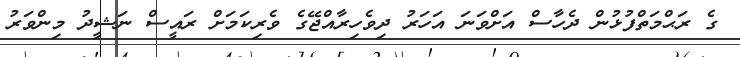
ގެ ރަޙްމަތްފުޅުން ދެހާސް އަށްވަނަ އަހަރު ދިވެހިރާއްޖޭގެ ވެރިކަމަށް ރައީސް ނަޝީދު މިންވަރު